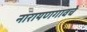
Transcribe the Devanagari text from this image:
नारायणगावचे